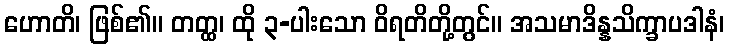
ဟောတိ၊ ဖြစ်၏။ တတ္ထ၊ ထို ၃-ပါးသော ဝိရတိတို့တွင်။ အသမာဒိန္နသိက္ခာပဒါနံ၊